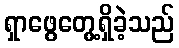
ရှာဖွေတွေ့ရှိခဲ့သည်